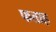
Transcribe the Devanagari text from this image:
फत्ताह